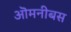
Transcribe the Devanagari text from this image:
ऒमनीबस